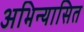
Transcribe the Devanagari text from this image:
अभिन्यासित